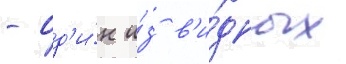
- од'и́н и́з в'и́дных